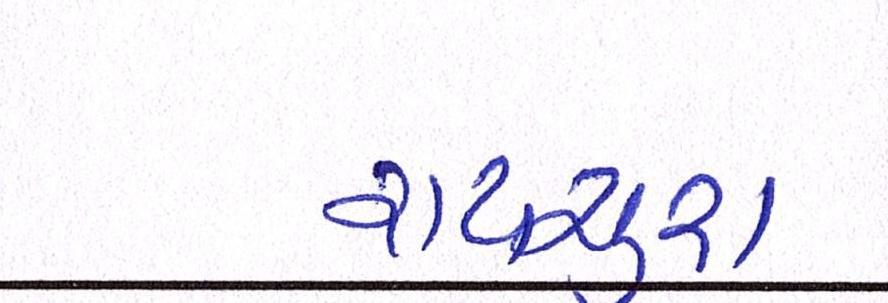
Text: રાયચુરા